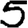
Digit: 5